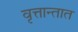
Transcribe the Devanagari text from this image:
वृत्तान्तात